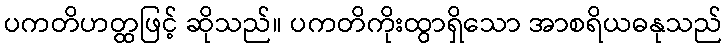
ပကတိဟတ္ထဖြင့် ဆိုသည်။ ပကတိကိုးထွာရှိသော အာစရိယဓနုသည်